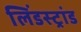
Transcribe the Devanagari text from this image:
लिंडस्ट्रांड